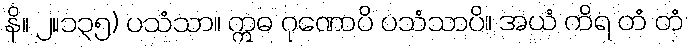
နိ။ ၂။၁၃၅) ပသံသာ။ ဣဓ ဂုဏောပိ ပသံသာပိ။ အယံ ကိရ တံ တံ